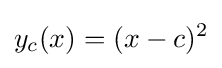
y_{c}(x)=(x-c)^{2}